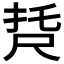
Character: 𡱩